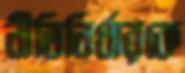
নীতিনির্ধারকে